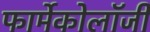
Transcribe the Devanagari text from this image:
फार्मेकोलॉजी